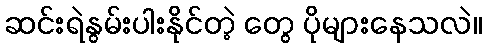
ဆင်းရဲနွမ်းပါးနိုင်တဲ့ တွေ ပိုများနေသလဲ။